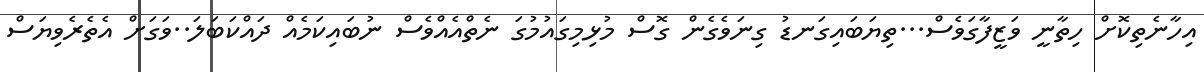
އިހާނެތިކޮށް ހިތާނީ ވަޒީފާގަވެސް...ތިޔަބައިގަނޑު ގިނަވެގެން ގޮސް މުޅިމިގައުމުގަ ނެތްއެއްވެސް ނުބައިކަމެއް ދައްކަބަލަ..ވަގަށް އެތެރެވިޔަސް